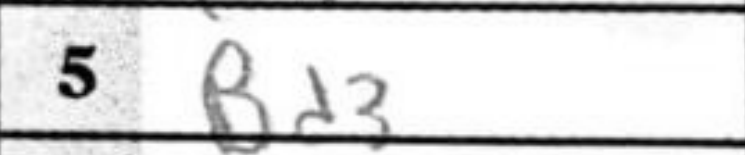
Transcription: Bd3